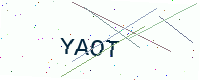
Text: YAOT